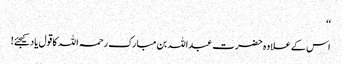
‘‘
اس کے علاوہ حضرت عبداللہ بن مبارک رحمہ اللہ کا قول یاد کیجئے!